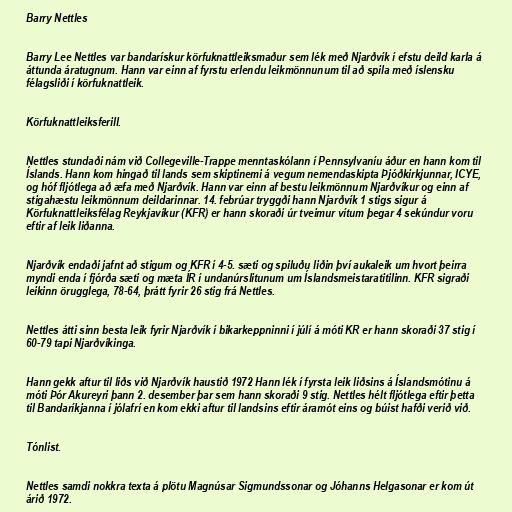
Barry Nettles

Barry Lee Nettles var bandarískur körfuknattleiksmaður sem lék með Njarðvík í efstu deild karla á
áttunda áratugnum. Hann var einn af fyrstu erlendu leikmönnunum til að spila með íslensku
félagsliði í körfuknattleik.

Körfuknattleiksferill.

Nettles stundaði nám við Collegeville-Trappe menntaskólann í Pennsylvaníu áður en hann kom til
Íslands. Hann kom hingað til lands sem skiptinemi á vegum nemendaskipta Þjóðkirkjunnar, ICYE,
og hóf fljótlega að æfa með Njarðvík. Hann var einn af bestu leikmönnum Njarðvíkur og einn af
stigahæstu leikmönnum deildarinnar. 14. febrúar tryggði hann Njarðvík 1 stigs sigur á
Körfuknattleiksfélag Reykjavíkur (KFR) er hann skoraði úr tveimur vítum þegar 4 sekúndur voru
eftir af leik liðanna.

Njarðvík endaði jafnt að stigum og KFR í 4-5. sæti og spiluðu liðin því aukaleik um hvort þeirra
myndi enda í fjórða sæti og mæta ÍR í undanúrslitunum um Íslandsmeistaratitilinn. KFR sigraði
leikinn örugglega, 78-64, þrátt fyrir 26 stig frá Nettles.

Nettles átti sinn besta leik fyrir Njarðvík í bikarkeppninni í júlí á móti KR er hann skoraði 37 stig í
60-79 tapi Njarðvíkinga.

Hann gekk aftur til liðs við Njarðvík haustið 1972 Hann lék í fyrsta leik liðsins á Íslandsmótinu á
móti Þór Akureyri þann 2. desember þar sem hann skoraði 9 stig. Nettles hélt fljótlega eftir þetta
til Bandaríkjanna í jólafrí en kom ekki aftur til landsins eftir áramót eins og búist hafði verið við.

Tónlist.

Nettles samdi nokkra texta á plötu Magnúsar Sigmundssonar og Jóhanns Helgasonar er kom út
árið 1972.